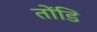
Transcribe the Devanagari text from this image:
तोंडि